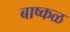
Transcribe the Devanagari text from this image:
बाष्कळ